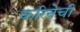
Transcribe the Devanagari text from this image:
करिनेची